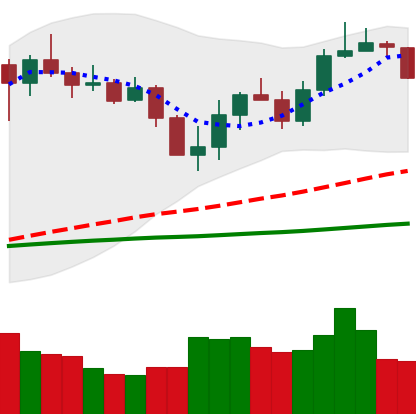
Ticker: LINK-USD
Chart end date: 2020-03-07
Forward return: -52.475%
Label: down_7plus